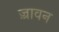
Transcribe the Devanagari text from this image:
ज़्रावन